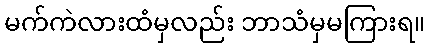
မက်ကဲလားထံမှလည်း ဘာသံမှမကြားရ။